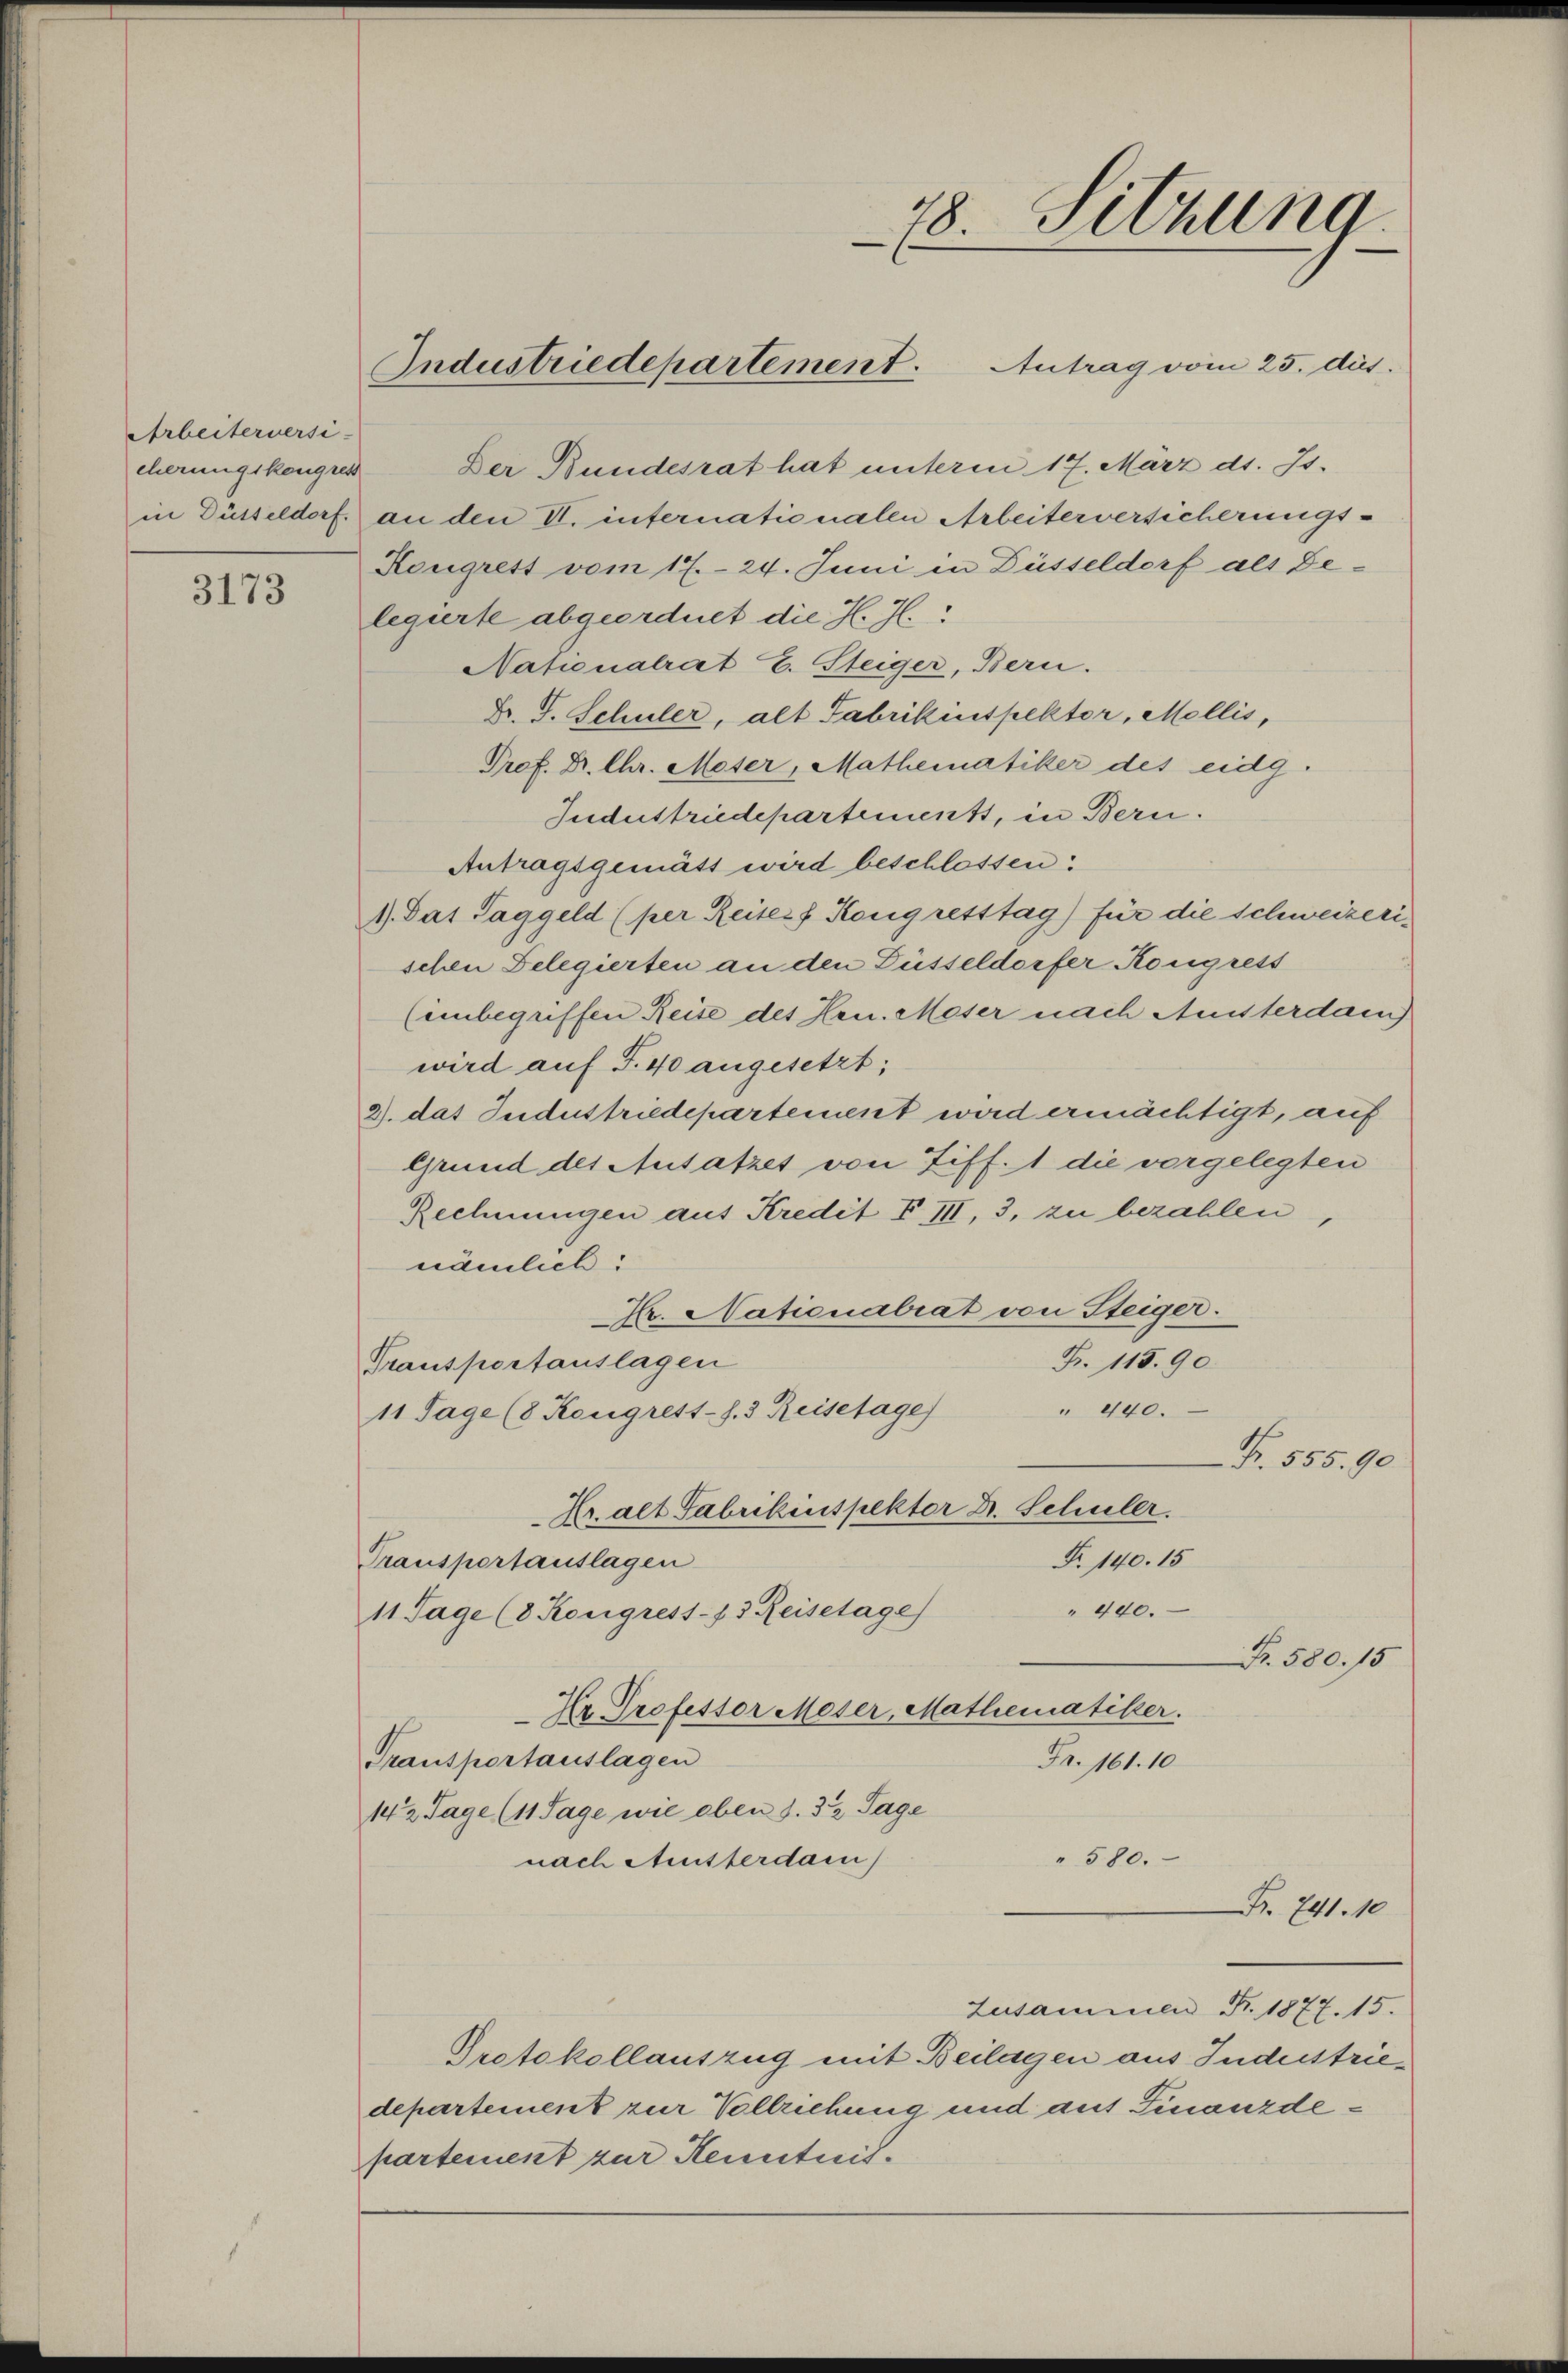
Arbeiterversi-
cherungskongres

3173

78. Setzung
Industriedepartement. Antrag vom 25. dies

Der Bundesrat hat unterm 17. März d. Js.
in Düsseldorf. an den VI. internationalen Arbeiterversicherungs¬
Kongrest vom 17. 24. Juni in Düsseldorf als Delegierte abgeordnet die H. H.
Nationalrat E. Steiger, Bern.
Fr. S. Schuler, alt Fabrikinspektor, Mollis,
Prof. Dr. Chr. Moser, Mathematiker des eidg.
Industriedepartements, in Bern.
Antragsgemätt wird beschlossen:
1). Das Taggeld (per Reiser Kongretstag) für die Schweizerischen Delegierten an den Füsseldorfer Kongress
(einbegriffen Reise des Hrn. Meser nach Amsterdam
wird auf T.40 angesetzt;
2. das Industriedepartement wird ermächtigt, auf
Grund des Ausatzes von Ziff. 1 die vorgelegten
Rechnungen aus Kredit VIII, 3, zu bezahlen,
nämlich:
r. Nationalrat von Steiger.
Fr. 115. 90.
Transportauslagen
" 440.
11 Tage (8 Kongrest-s. 3 Reisetage
Fr. 555. 90
Kr. alt Fabrikinspektor Dr. Schuler.
Fr. 140. 15
Transportauslagen
" 440.
11 Tage (8 Kongress-73 Reisetage
Fr. 580. 15
Ir Professor Moser, Mathematiker.
Transportauslagen
Fr. 161. 10
142 Tage (11 Tage wie eben S. 32 Tage
" 580.
nach Amsterdam
. 741. 10
Zusammen B. 1877. 15.
Protokollauszug mit Beilagen aus Industriedepartement zur Vollziehung und auf Finanzdepartement zur Kenntnis.